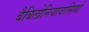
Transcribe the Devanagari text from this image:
बैबिलोनियावासियों